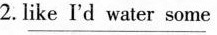
2.\underline{like I'd water some }